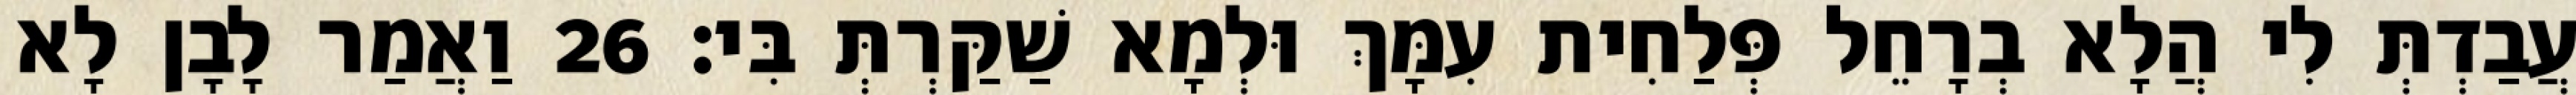
עֲבַדְתְּ לִי הֲלָא בְרָחֵל פְּלַחִית עִמָּךְ וּלְמָא שַׁקַּרְתְּ בִּי׃ 26 וַאֲמַר לָבָן לָא